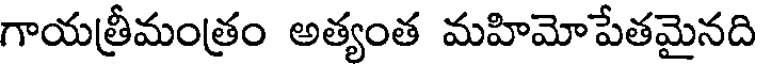
గాయత్రీమంత్రం అత్యంత మహిమోపేతమైనది